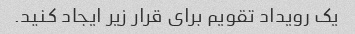
یک رویداد تقویم برای قرار زیر ایجاد کنید.